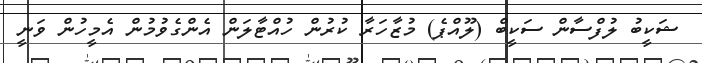
ޝަކީބު ލުފްސާން ސަކީބް (ލޫއްޕެ) މުޒާހަރާ ކުރުން ހުއްޓާލަން އެންގެވުމުން އެމީހުން ވަނީ